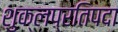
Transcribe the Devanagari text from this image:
शुक्लप्रतिपदा